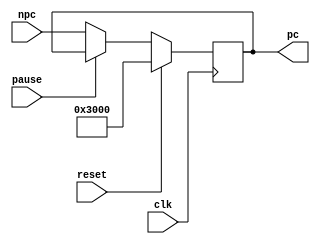
`define PC_initial 32'h3000
module PC(
    input [31:0] npc,
    input reset, clk, pause,
    output reg [31:0] pc
);
    initial begin
        pc = `PC_initial;
    end

    always @(posedge clk) begin
        if (reset) begin
            pc <= `PC_initial;
        end
        else if(!pause) begin
            pc <= npc;
        end
    end

endmodule